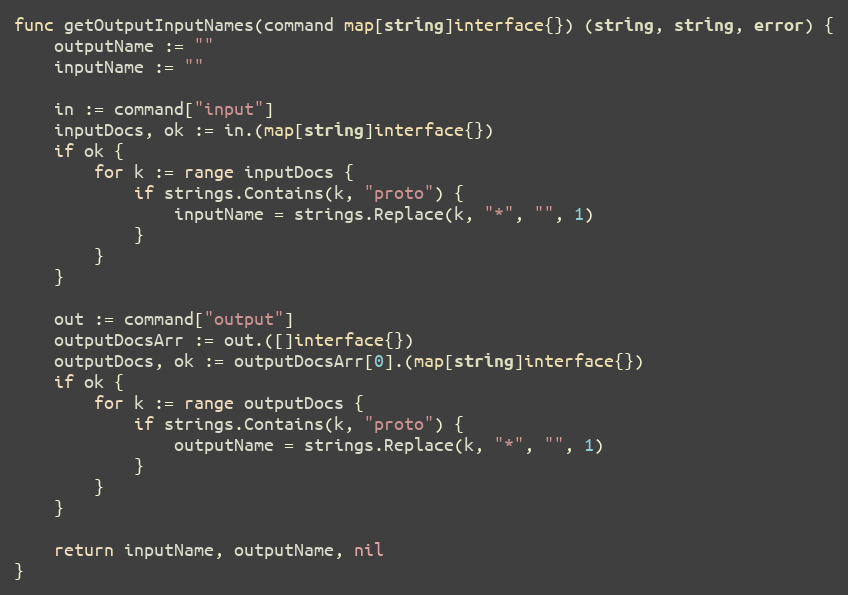
Language: Go
func getOutputInputNames(command map[string]interface{}) (string, string, error) {
	outputName := ""
	inputName := ""

	in := command["input"]
	inputDocs, ok := in.(map[string]interface{})
	if ok {
		for k := range inputDocs {
			if strings.Contains(k, "proto") {
				inputName = strings.Replace(k, "*", "", 1)
			}
		}
	}

	out := command["output"]
	outputDocsArr := out.([]interface{})
	outputDocs, ok := outputDocsArr[0].(map[string]interface{})
	if ok {
		for k := range outputDocs {
			if strings.Contains(k, "proto") {
				outputName = strings.Replace(k, "*", "", 1)
			}
		}
	}

	return inputName, outputName, nil
}